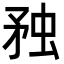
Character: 䂈